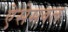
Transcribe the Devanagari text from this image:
ऐसेमबल